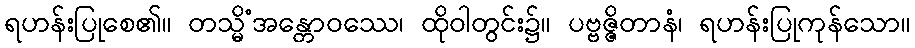
ရဟန်းပြုစေ၏။ တသ္မိံအန္တောဝဿေ၊ ထိုဝါတွင်း၌။ ပဗ္ဗဇ္ဇိတာနံ၊ ရဟန်းပြုကုန်သော။